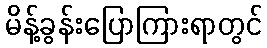
မိန့်ခွန်းပြောကြားရာတွင်